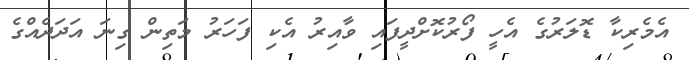
އެމެރިކާ ޑޮލަރުގެ އެހީ ފޯރުކޮށްދީފައި ވާއިރު އެކި ފަހަރު މަތިން ގިނަ އަދަދެއްގެ